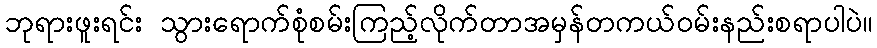
ဘုရားဖူးရင်း သွားရောက်စုံစမ်းကြည့်လိုက်တာအမှန်တကယ်ဝမ်းနည်းစရာပါပဲ။